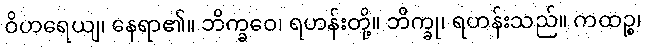
ဝိဟရေယျ၊ နေရာ၏။ ဘိက္ခဝေ၊ ရဟန်းတို့။ ဘိက္ခု၊ ရဟန်းသည်။ ကထဉ္စ၊